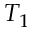
T _ { 1 }